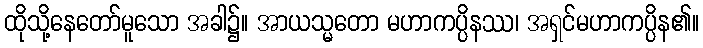
ထိုသို့နေတော်မူသော အခါ၌။ အာယသ္မတော မဟာကပ္ပိနဿ၊ အရှင်မဟာကပ္ပိန၏။